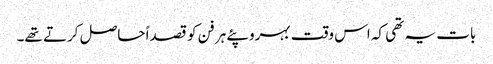
بات یہ تھی کہ اس وقت بہروپئے ہر فن کو قصداً حاصل کرتے تھے۔